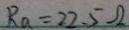
R _ { a } = 2 2 . 5 \Omega